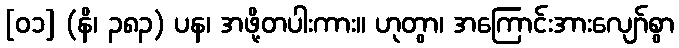
[၀၁] (နိ၊ ၃၈၃) ပန၊ အဖို့တပါးကား။ ဟုတွာ၊ အကြောင်းအားလျော်စွာ